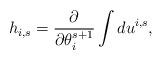
LaTeX: \begin{align*}h_{i,s} = \frac{\partial }{\partial \theta_i^{s+1}} \int du^{i,s},\end{align*}